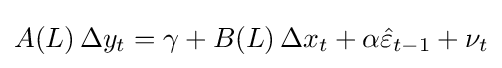
A(L)\,\Delta y_{t}=\gamma +B(L)\,\Delta x_{t}+\alpha {\hat {\varepsilon }}_{t-1}+\nu _{t}